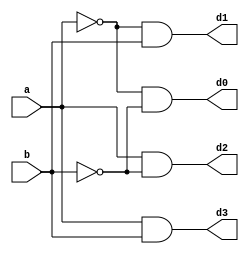
`timescale 1ns / 1ps

module TTFDEC(
    input a, b,
    output d0, d1, d2, d3
    );
    
    assign d0 = ~a & ~b;
    assign d1 = ~a & b;
    assign d2 = a & ~b;
    assign d3 = a & b;
    
endmodule